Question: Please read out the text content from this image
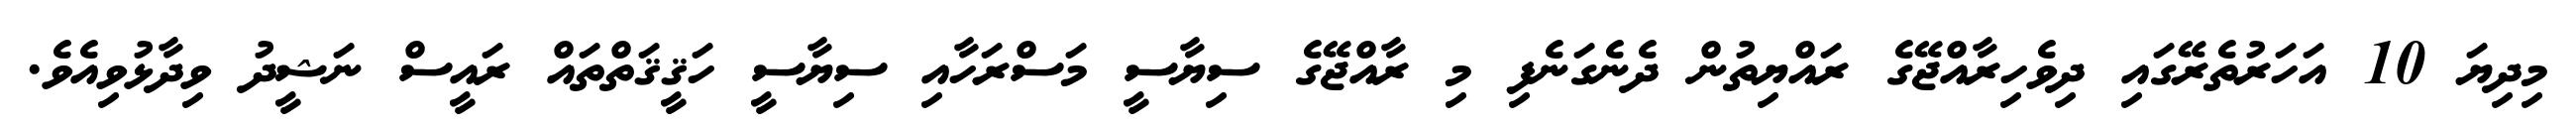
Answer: މިދިޔަ 10 އަހަރުތެރޭގައި ދިވެހިރާއްޖޭގެ ރައްޔިތުން ދެނެގަނެފި މި ރާއްޖޭގެ ސިޔާސީ މަސްރަހާއި ސިޔާސީ ހަޤީޤަތްތައް ރައީސް ނަޝީދު ވިދާޅުވިއެވެ.